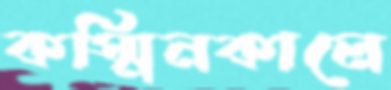
কস্মিনকালে